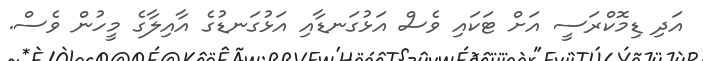
އަދި ޑިމޮކްރަސީ އަށް ޓަކައި ވެސް އަޅުގަނޑާއި އަޅުގަނޑުގެ އާއިލާގެ މީހުން ވެސް.